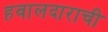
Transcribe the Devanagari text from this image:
हवालदाराची